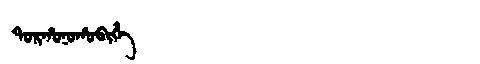
Manchu: ᡨᠣᡵᡥᠣᠨᠣᡥᠣᠪᡳᡥᡝ
Romanization: TORHONOHOBIHE